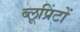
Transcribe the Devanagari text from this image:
ब्लूप्रिंटों